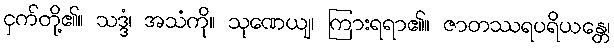
ငှက်တို့၏။ သဒ္ဒံ၊ အသံကို။ သုဏေယျ၊ ကြားရရာ၏။ ဇာတဿရပရိယန္တေ၊